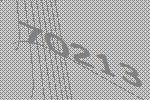
70213